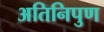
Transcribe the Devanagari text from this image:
अतिनिपुण